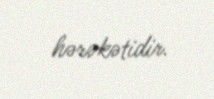
hərəkətidir.